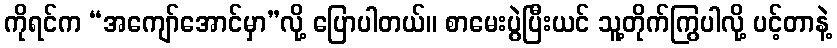
ကိုရင်က “အကျော်အောင်မှာ”လို့ ပြောပါတယ်။ စာမေးပွဲပြီးယင် သူ့တိုက်ကြွပါလို့ ပင့်တာနဲ့